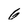
Character: 6